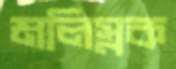
মলিস্নক